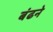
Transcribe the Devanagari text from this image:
बंढने